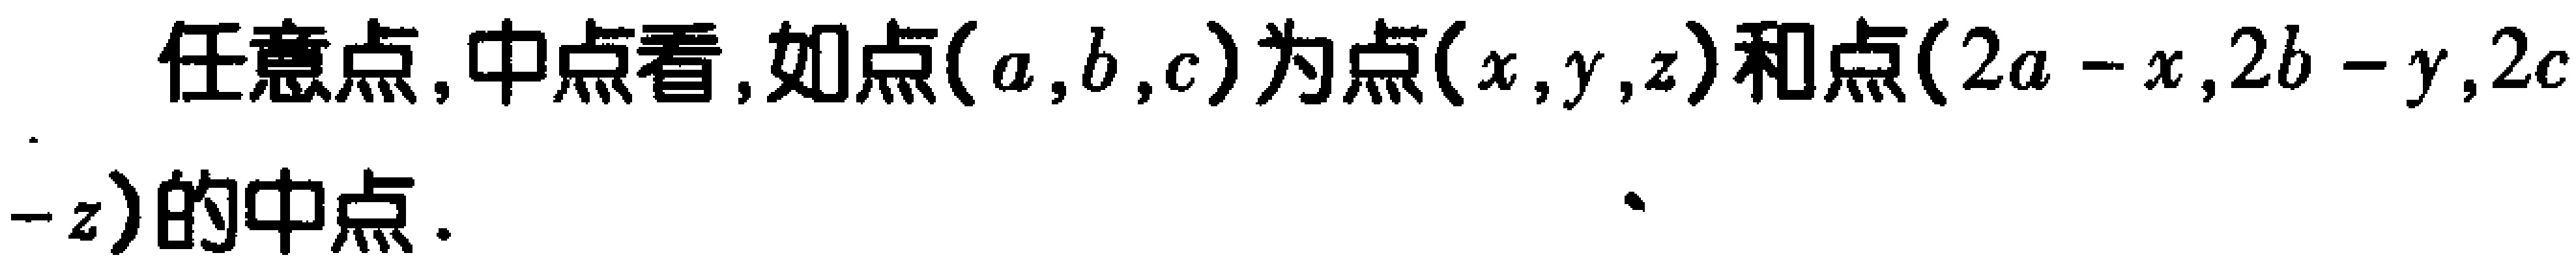
任意点, 中点看, 如点\((a,b,c)\)为点\((x,y,z)\)和点\((2a - x,2b - y,2c - z)\)的中点.